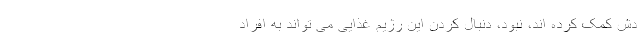
دش کمک کرده اند، نبود، دنبال کردن این رژیم غذایی می تواند به افراد